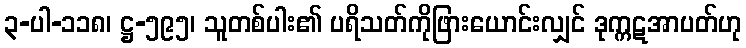
၃-ပါ-၁၁၈၊ ဋ္ဌ-၅၉၅၊ သူတစ်ပါး၏ ပရိသတ်ကိုဖြားယောင်းလျှင် ဒုက္ကဋအာပတ်ဟု